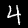
Label: 4